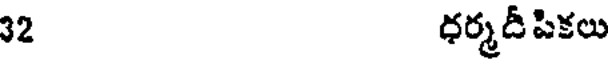
32 ధర్మదీపికలు